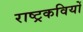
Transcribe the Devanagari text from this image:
राष्ट्रकवियों